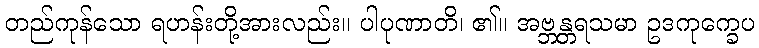
တည်ကုန်သော ရဟန်းတို့အားလည်း။ ပါပုဏာတိ၊ ၏။ အဗ္ဘန္တရသမာ ဥဒကုက္ခေပ